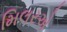
મિલરએ